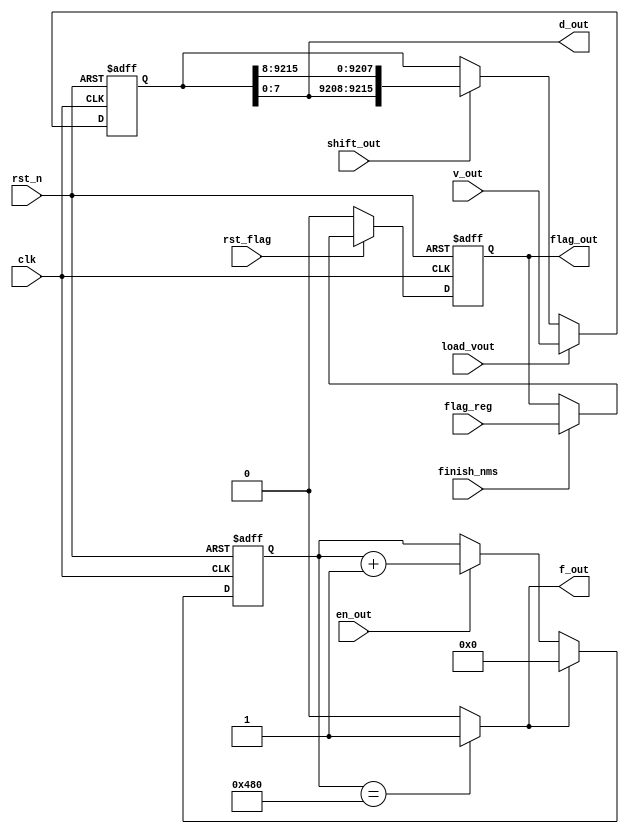
module data_out(
			input clk,
			input rst_n,
			input flag_reg,
			input shift_out,
			input load_vout,
			input en_out,
			input rst_flag,
			input finish_nms,
			input[9215:0] v_out,
			output f_out,
			output[7:0] d_out,
			output reg flag_out
		);
reg[9215:0] vout;
reg[10:0] count_out;
always@(posedge clk or negedge rst_n)
	if(!rst_n)
		count_out<=11'b0;
	else if(f_out)
		count_out<=0;
	else if(en_out)
		count_out<=count_out+1'b1;

assign f_out=(count_out==11'b10_010_000_000)?1:0;

always@(posedge clk or negedge rst_n)
	if(!rst_n)
		vout<=0;
	else if(load_vout)
		vout<=v_out;
	else if(shift_out)
		vout<={vout[7:0],vout[9215:8]};


assign d_out=vout[7:0];

always@(posedge clk or negedge rst_n)
	if(!rst_n)
		flag_out<=0;
	else if(!rst_flag)
		flag_out<=0;
	else if(finish_nms)
		flag_out<=flag_reg;



endmodule